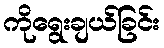
ကိုရွေးချယ်ခြင်း